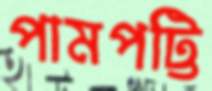
পামপট্টি